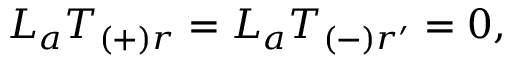
{ \cal L } _ { a } T _ { ( + ) r } = { \cal L } _ { a } T _ { ( - ) r ^ { \prime } } = 0 ,